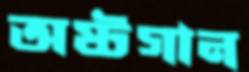
অষ্টগান